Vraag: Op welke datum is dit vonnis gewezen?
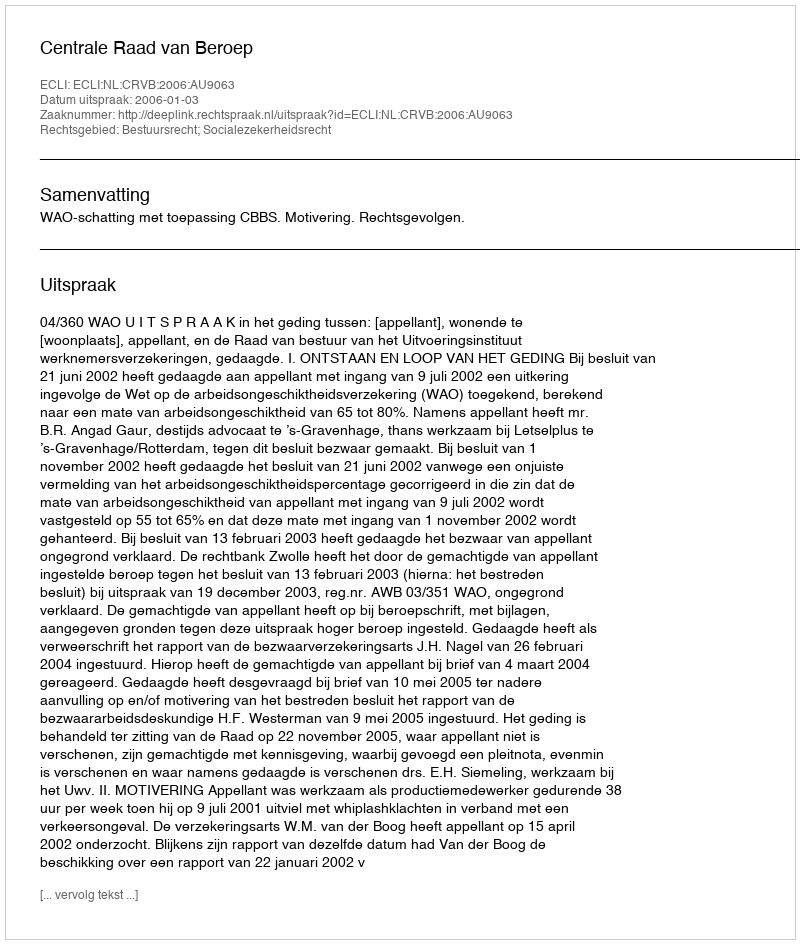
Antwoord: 2006-01-03